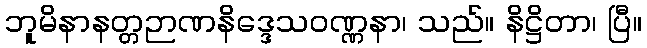
ဘူမိနာနတ္တဉာဏနိဒ္ဒေသဝဏ္ဏနာ၊ သည်။ နိဋ္ဌိတာ၊ ပြီ။